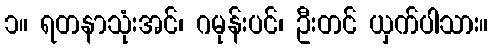
၁။ ရတနာသုံးအင်၊ ဂမုန်းပင်၊ ဦးတင် ယှက်ပါသား။